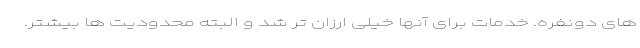
های دونفره. خدمات برای آنها خیلی ارزان تر شد و البته محدودیت ها بیشتر.